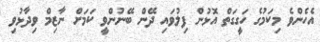
އެހެންވެ މިކަމުގެ ހަގީގަތް އޮޅުން ފިލުވައި ދޭން ބޭނުންވީ ކަމަށް ނާޒިމް ވިދާޅުވި